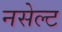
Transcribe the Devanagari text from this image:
नसेल्ट